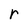
Character: r